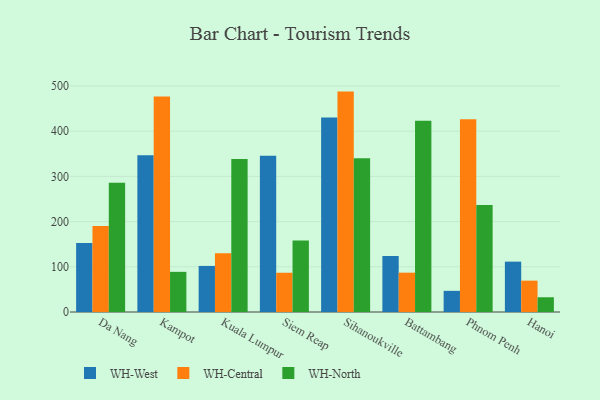
{"axis": {"x": "City", "y": "Website Visitors"}, "legend": ["WH-Central", "WH-North", "WH-West"], "data": [{"x": "Da Nang", "y": 152.7, "type": "WH-West"}, {"x": "Da Nang", "y": 190.0, "type": "WH-Central"}, {"x": "Da Nang", "y": 285.8, "type": "WH-North"}, {"x": "Kampot", "y": 346.4, "type": "WH-West"}, {"x": "Kampot", "y": 476.8, "type": "WH-Central"}, {"x": "Kampot", "y": 88.8, "type": "WH-North"}, {"x": "Kuala Lumpur", "y": 101.9, "type": "WH-West"}, {"x": "Kuala Lumpur", "y": 129.9, "type": "WH-Central"}, {"x": "Kuala Lumpur", "y": 338.3, "type": "WH-North"}, {"x": "Siem Reap", "y": 345.7, "type": "WH-West"}, {"x": "Siem Reap", "y": 86.8, "type": "WH-Central"}, {"x": "Siem Reap", "y": 158.3, "type": "WH-North"}, {"x": "Sihanoukville", "y": 429.9, "type": "WH-West"}, {"x": "Sihanoukville", "y": 487.4, "type": "WH-Central"}, {"x": "Sihanoukville", "y": 340.0, "type": "WH-North"}, {"x": "Battambang", "y": 123.6, "type": "WH-West"}, {"x": "Battambang", "y": 87.0, "type": "WH-Central"}, {"x": "Battambang", "y": 423.0, "type": "WH-North"}, {"x": "Phnom Penh", "y": 46.8, "type": "WH-West"}, {"x": "Phnom Penh", "y": 426.4, "type": "WH-Central"}, {"x": "Phnom Penh", "y": 236.6, "type": "WH-North"}, {"x": "Hanoi", "y": 111.4, "type": "WH-West"}, {"x": "Hanoi", "y": 69.4, "type": "WH-Central"}, {"x": "Hanoi", "y": 32.6, "type": "WH-North"}]}